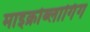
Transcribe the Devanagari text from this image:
माइक्रोब्लागिंग